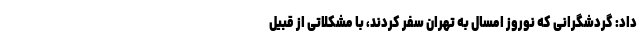
داد: گردشگرانی که نوروز امسال به تهران سفر کردند، با مشکلاتی از قبیل